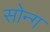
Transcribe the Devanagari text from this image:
सोन्ग